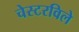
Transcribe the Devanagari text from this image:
चेस्टरविले